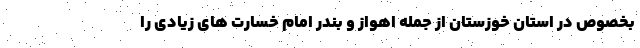
بخصوص در استان خوزستان از جمله اهواز و بندر امام خسارت های زیادی را